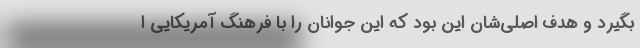
بگیرد و هدف اصلی‌شان این بود که این جوانان را با فرهنگ آمریکایی ا